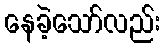
နေခဲ့သော်လည်း